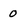
Character: 0